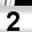
Digit: 2